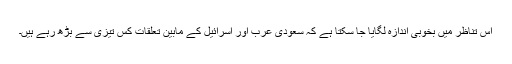
اس تناظر میں بخوبی اندازہ لگایا جا سکتا ہے کہ سعودی عرب اور اسرائیل کے مابین تعلقات کس تیزی سے بڑھ رہے ہیں۔